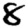
Digit: 8